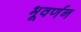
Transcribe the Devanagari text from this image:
भूवर्णन